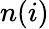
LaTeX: n(i)